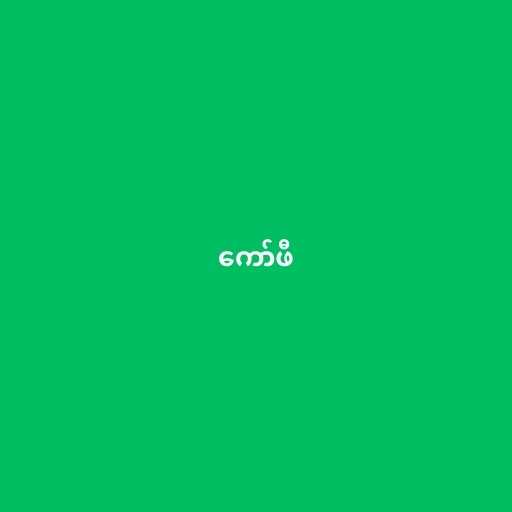
ကော်ဖီ